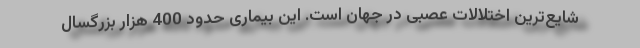
شایع‌ترین اختلالات عصبی در جهان است. این بیماری حدود 400 هزار بزرگسال